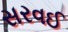
સરવઈ